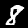
Label: 8